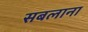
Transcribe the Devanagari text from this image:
सबलाना